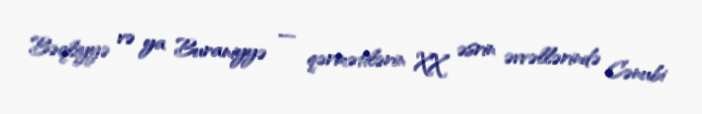
Bəqliyyə və ya Buraniyyə — qərmətilərin XX əsrin əvvəllərində Cənubi